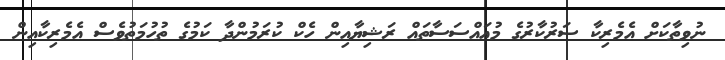
ނުވިތާކަށް އެމެރިކާ ސަރުކާރުގެ މުއައްސަސާތައް ރަޝިޔާއިން ހެކް ކުރަމުންދާ ކަމުގެ ތުހުމަތުވެސް އެމެރިކާއިން